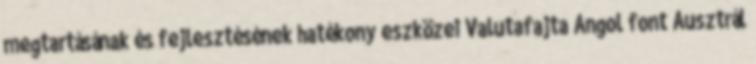
megtartásának és fejlesztésének hatékony eszközei Valutafajta Angol font Ausztrál